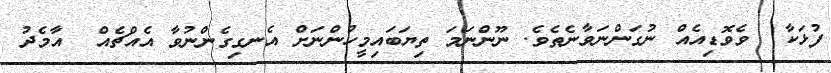
ފުޅަކާ  ވެވޮޑިއެއް ނުގަންނަވާނެތެވެ. ނޫންނަމަ ތިޔަބައިމީހުންނަށް އެނގިގެންނުވާ އެއްޗެއް  އާމެދު